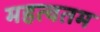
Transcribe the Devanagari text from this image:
महत्वतम